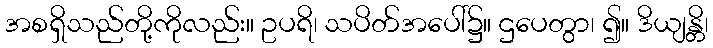
အစရှိသည်တို့ကိုလည်း။ ဥပရိ၊ သပိတ်အပေါ်၌။ ဌပေတွာ၊ ၍။ ဒိယျန္တိ၊